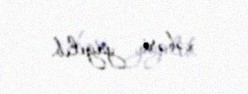
xəbəri yayılıb.